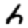
Digit: 6